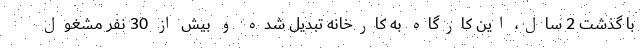
با گذشت 2 سال، این کارگاه به کارخانه تبدیل شده و بیش از 30 نفر مشغول